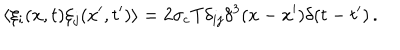
\langle \xi _ { i } ( x , t ) \xi _ { j } ( x ^ { \prime } , t ^ { \prime } ) \rangle = 2 \sigma _ { \mathrm { c } } T \delta _ { i j } \delta ^ { 3 } ( x - x ^ { \prime } ) \delta ( t - t ^ { \prime } ) \, .